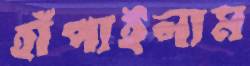
হাঁপাইলাম